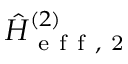
\hat { H } _ { \mathrm { ~ e ~ f ~ f ~ , ~ 2 ~ } } ^ { ( 2 ) }